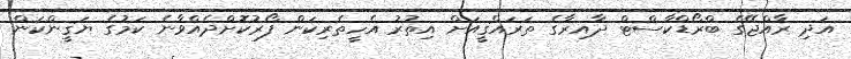
އަދި ރާއްޖޭގެ ބްރޯޑްކާސްޓް ދާއިރާގެ ތަރައްޤީއަށް އިތުރު އެހީތެރިކަން ފޯރުކޮށްދެއްވާނެ ކަމުގެ ޔަޤީންކަން